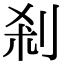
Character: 剎